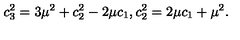
c _ { 3 } ^ { 2 } = 3 \mu ^ { 2 } + c _ { 2 } ^ { 2 } - 2 \mu c _ { 1 } , c _ { 2 } ^ { 2 } = 2 \mu c _ { 1 } + \mu ^ { 2 } .